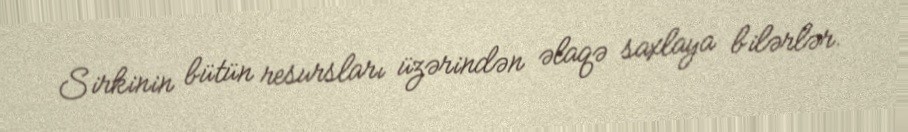
Sirkinin bütün resursları üzərindən əlaqə saxlaya bilərlər.